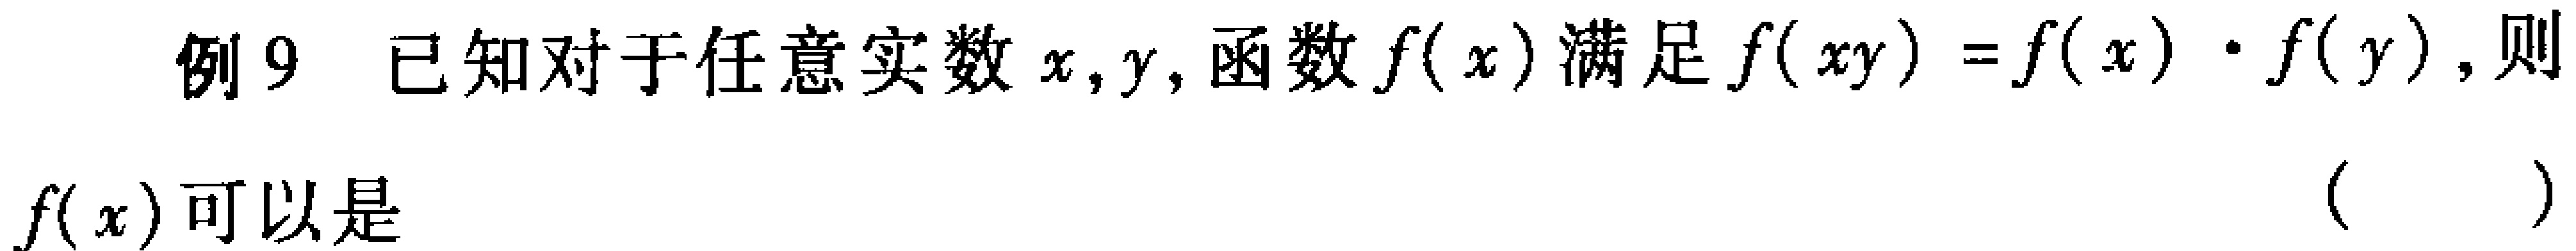
例9 已知对于任意实数\(x,y\)，函数\(f(x)\)满足\(f(xy)=f(x)\cdot f(y)\)，则

\(f(x)\)可以是 （  ）